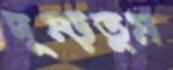
দুম্‌ড়তুম